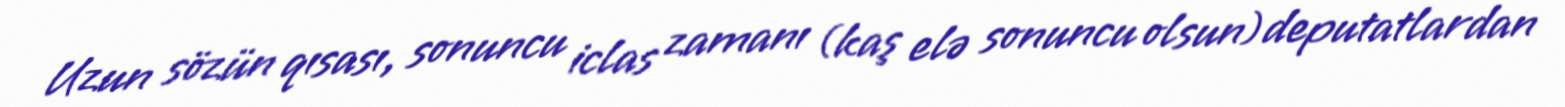
Uzun sözün qısası, sonuncu iclas zamanı (kaş elə sonuncu olsun) deputatlardan